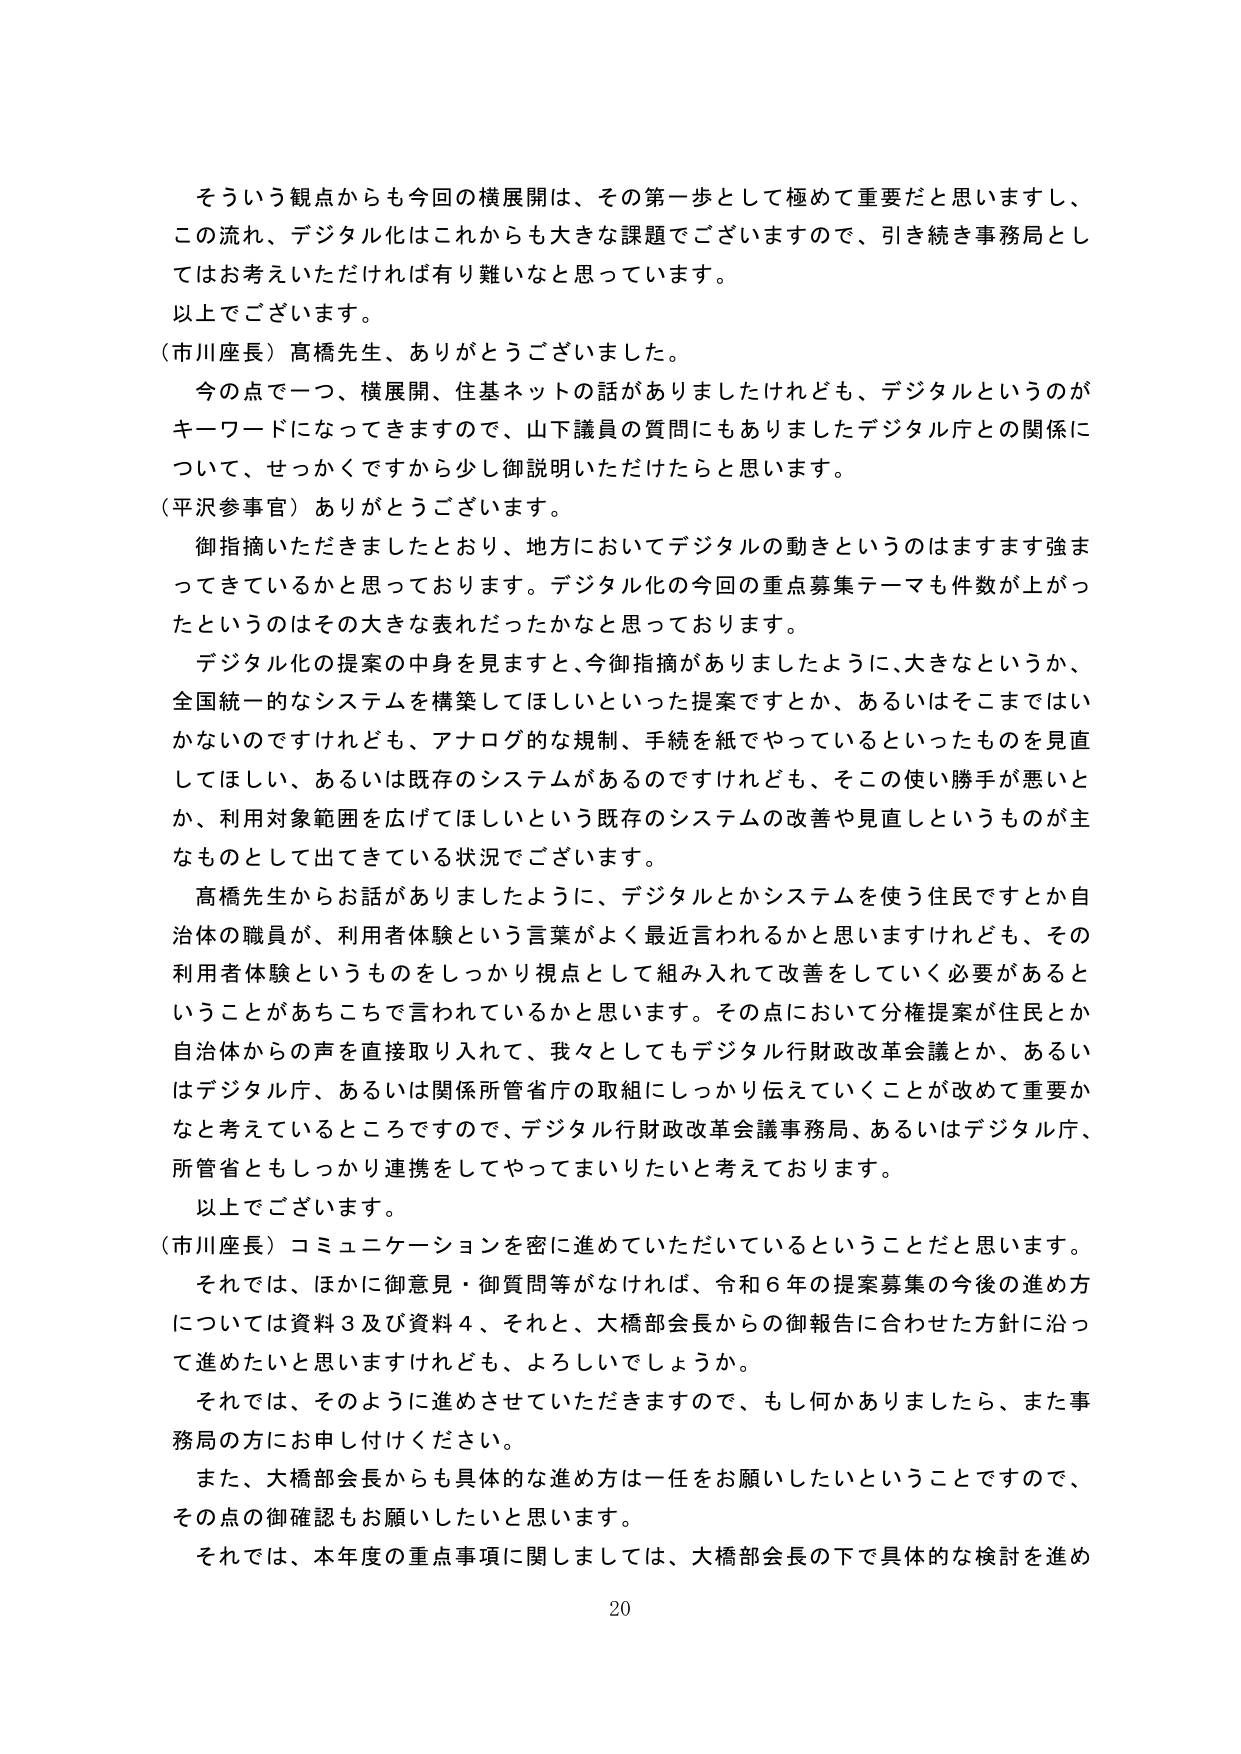
そういう観点からも今回の横展開は、その第一歩として極めて重要だと思いますし、
この流れ、デジタル化はこれからも大きな課題でございますので、引き続き事務局とし
てはお考えいただければ有り難いなと思っています。
以上でございます。
（市川座長）高橋先生、ありがとうございました。
今の点で一つ、横展開、住基ネットの話がありましたけれども、デジタルというのが
キーワードになってきますので、山下議員の質問にもありましたデジタル庁との関係に
ついて、せっかくですから少し御説明いただけたらと思います。
（平沢参事官）ありがとうございます。
御指摘いただきましたとおり、地方においてデジタルの動きというのはますます強ま
ってきているかと思っております。デジタル化の今回の重点募集テーマも件数が上がっ
たというのはその大きな表れだったかなと思っております。
デジタル化の提案の中身を見ますと、今御指摘がありましたように、大きなというか、
全国統一的なシステムを構築してほしいといった提案ですとか、あるいはそこまではい
かないのですけれども、アナログ的な規制、手続を紙でやっているといったものを見直
してほしい、あるいは既存のシステムがあるのですけれども、そこの使い勝手が悪いと
か、利用対象範囲を広げてほしいという既存のシステムの改善や見直しというものが主
なものとして出てきている状況でございます。
高橋先生からお話がありましたように、デジタルとかシステムを使う住民ですとか自
治体の職員が、利用者体験という言葉がよく最近言われるかと思いますけれども、その
利用者体験というものをしっかり視点として組み入れて改善をしていく必要があると
いうことがあちこちで言われているかと思います。その点において分権提案が住民とか
自治体からの声を直接取り入れて、我々としてもデジタル行財政改革会議とか、あるい
はデジタル庁、あるいは関係所管省庁の取組にしっかり伝えていくことが改めて重要か
なと考えているところですので、デジタル行財政改革会議事務局、あるいはデジタル庁、
所管省ともしっかり連携をしてやってまいりたいと考えております。
以上でございます。
（市川座長）コミュニケーションを密に進めていただいているということだと思います。
それでは、ほかに御意見・御質問等がなければ、令和６年の提案募集の今後の進め方
については資料３及び資料４、それと、大橋部会長からの御報告に合わせた方針に沿っ
て進めたいと思いますけれども、よろしいでしょうか。
それでは、そのように進めさせていただきますので、もし何かありましたら、また事
務局の方にお申し付けください。
また、大橋部会長からも具体的な進め方は一任をお願いしたいということですので、
その点の御確認もお願いしたいと思います。
それでは、本年度の重点事項に関しては、大橋部会長の下で具体的な検討を進め
20